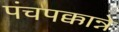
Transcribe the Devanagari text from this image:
पंचपक्कान्ने